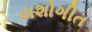
યશોગીત